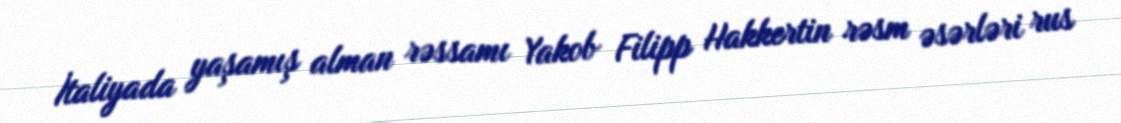
İtaliyada yaşamış alman rəssamı Yakob Filipp Hakkertin rəsm əsərləri rus